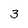
Character: 3